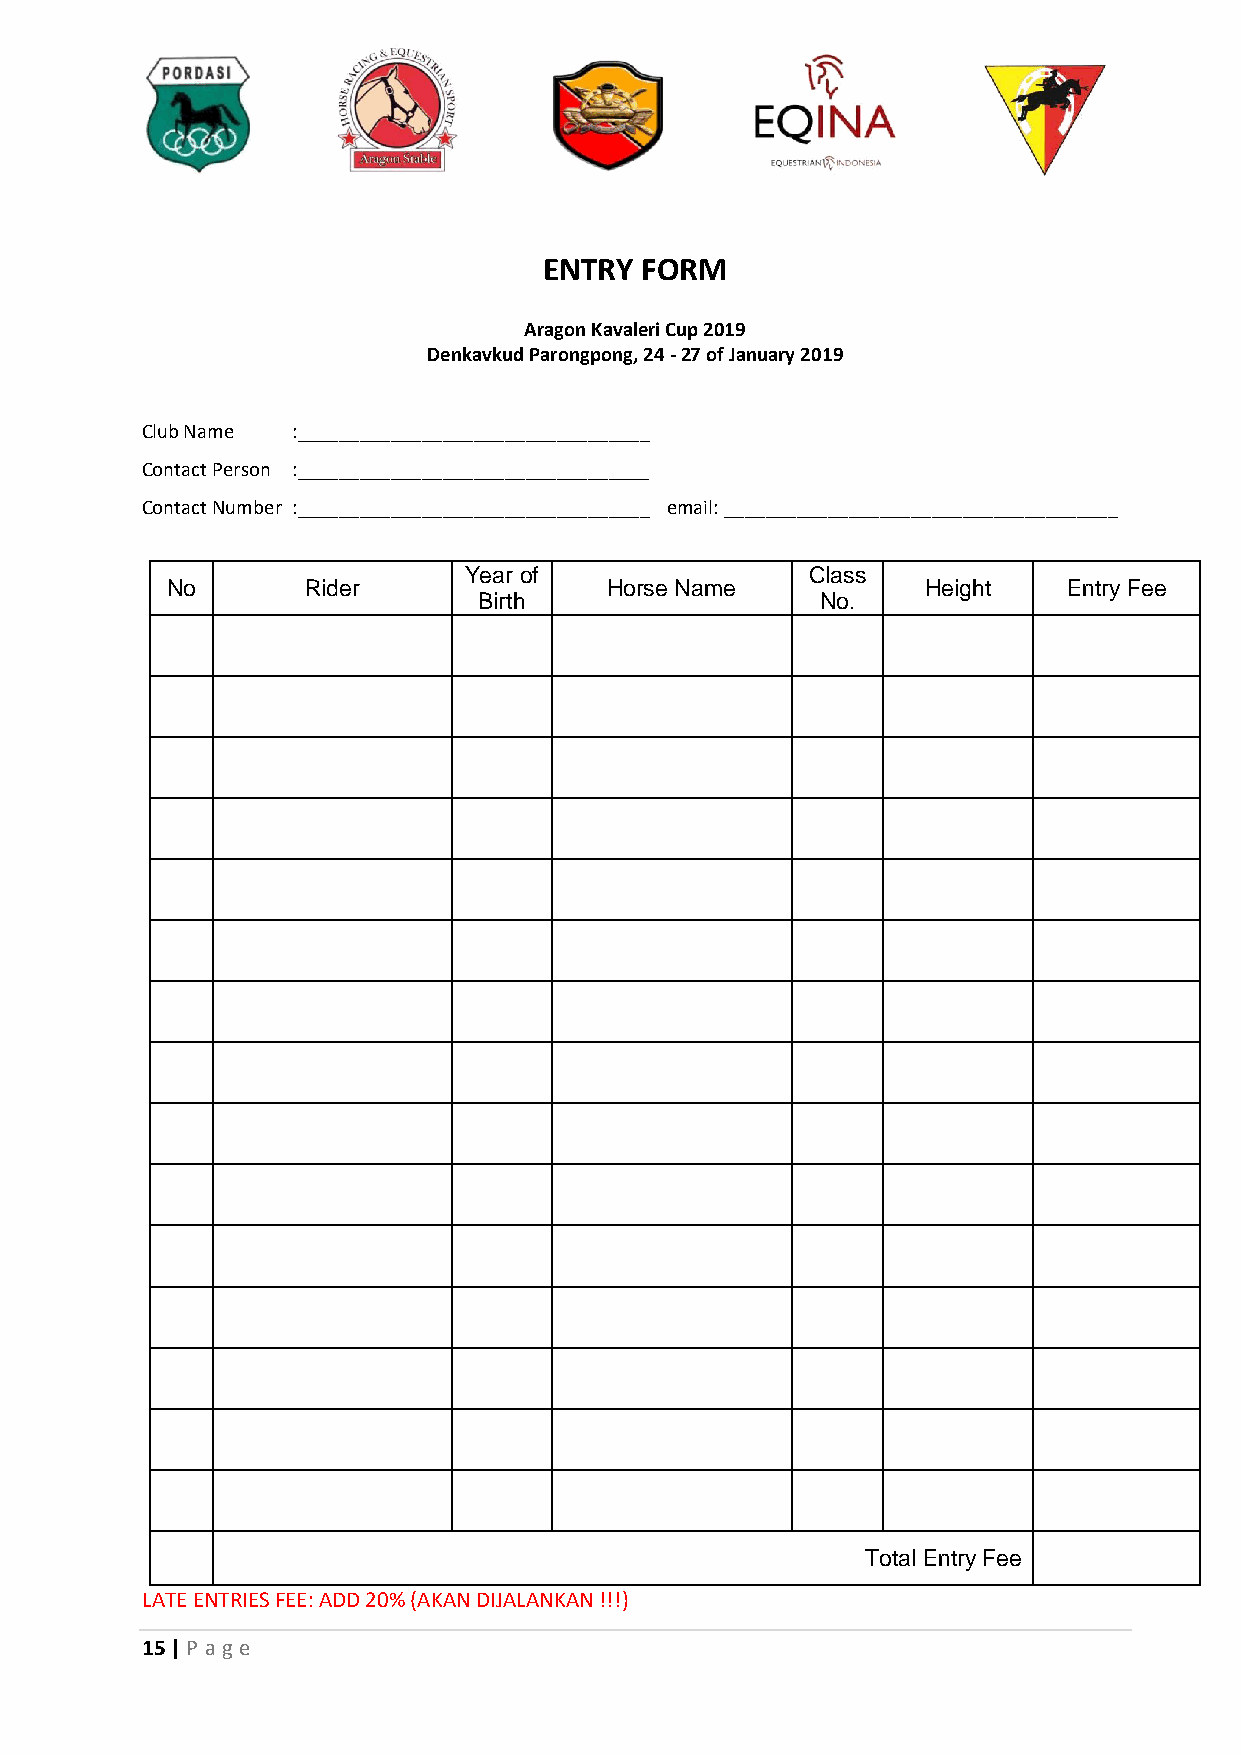
ENTRY FORM
 Aragon Kavaleri Cup 2019
 Denkavkud Parongpong, 24 - 27 of January 2019
 Club Name :__________________________________
 Contact Person :__________________________________
 Contact Number :__________________________________ email: ______________________________________
 Year of                Class
 No       Rider               Horse Name           Height    Entry Fee
 Birth                 No.
 Total Entry Fee
 LATE ENTRIES FEE: ADD 20% (AKAN DIJALANKAN !!!)
 15 | P age